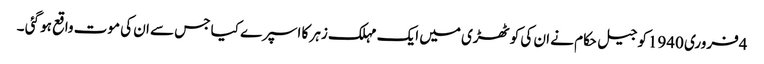
4فروری 1940کو جیل حکام نے ان کی کوٹھڑی میں ایک مہلک زہر کا اسپرے کیا جس سے ان کی موت واقع ہو گئی ۔